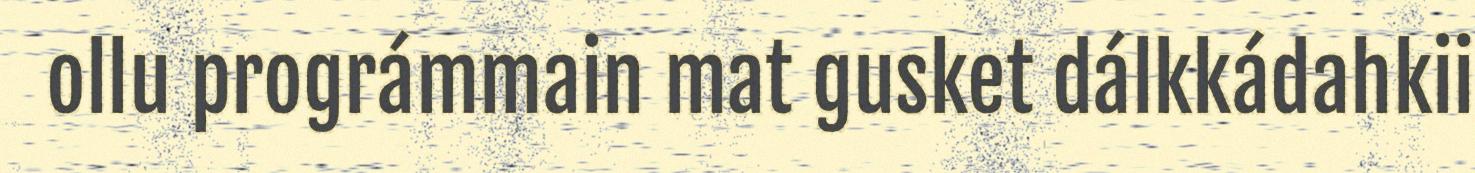
ollu prográmmain mat gusket dálkkádahkii